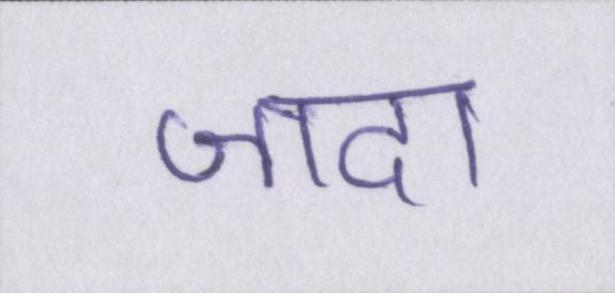
जादा